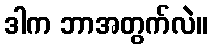
ဒါက ဘာအတွက်လဲ။